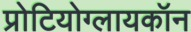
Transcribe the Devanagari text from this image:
प्रोटियोग्लायकॉन